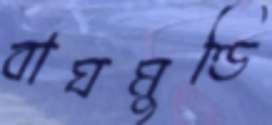
বাঘমুণ্ডি